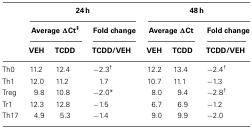
<table><thead><tr><td></td><td colspan="3"><b>24 h</b></td><td colspan="3"><b>48 h</b></td></tr><tr><td></td><td colspan="2"><b>Average ΔCt<sup>‡</sup></b></td><td><b>Fold change</b></td><td colspan="2"><b>Average ΔCt</b></td><td><b>Fold change</b></td></tr><tr><td></td><td><b>VEH</b></td><td><b>TCDD</b></td><td><b>TCDD/VEH</b></td><td><b>VEH</b></td><td><b>TCDD</b></td><td><b>TCDD/VEH</b></td></tr></thead><tbody><tr><td>Th0</td><td>11.2</td><td>12.4</td><td>−2.3<sup>†</sup></td><td>12.2</td><td>13.4</td><td>−2.4<sup>†</sup></td></tr><tr><td>Th1</td><td>12.0</td><td>11.2</td><td>1.7</td><td>10.7</td><td>11.1</td><td>−1.3</td></tr><tr><td>Treg</td><td>9.8</td><td>10.8</td><td>−2.0*</td><td>8.0</td><td>9.4</td><td>−2.8<sup>†</sup></td></tr><tr><td>Tr1</td><td>12.3</td><td>12.8</td><td>−1.5</td><td>6.7</td><td>6.9</td><td>−1.2</td></tr><tr><td>Th17</td><td>4.9</td><td>5.3</td><td>−1.4</td><td>9.0</td><td>9.9</td><td>−2.0</td></tr></tbody></table>